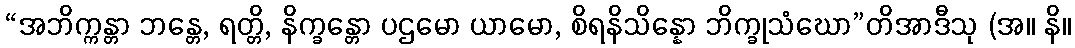
“အဘိက္ကန္တာ ဘန္တေ, ရတ္တိ, နိက္ခန္တော ပဌမော ယာမော, စိရနိသိန္နော ဘိက္ခုသံဃော”တိအာဒီသု (အ။ နိ။